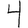
Digit: 4